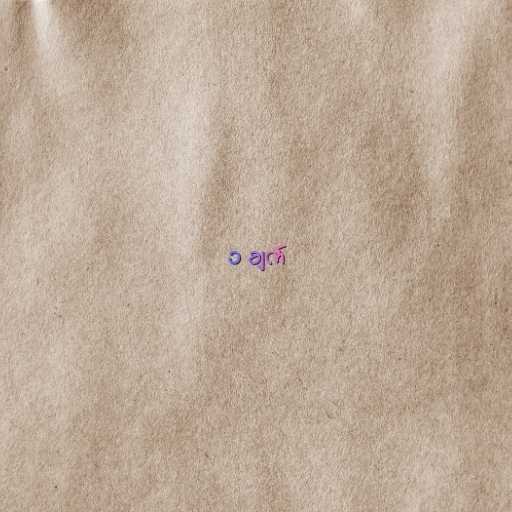
၁ ချက်